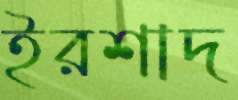
ইরশাদ